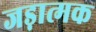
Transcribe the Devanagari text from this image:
जड़ात्मक